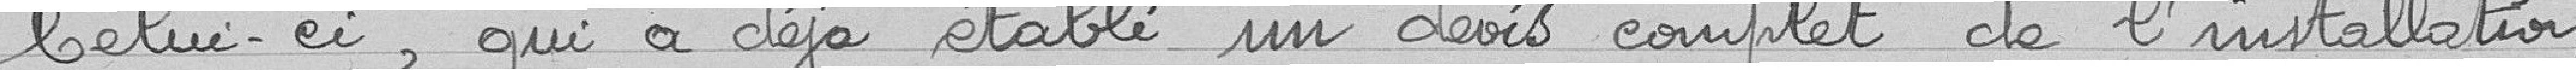
Celui-ci, qui a déjà établi un devis complet de l'installation